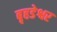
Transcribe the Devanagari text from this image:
बृहडेश्वर